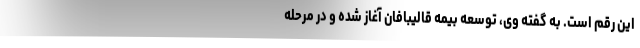
این رقم است. به گفته وی، توسعه بیمه قالیبافان آغاز شده و در مرحله